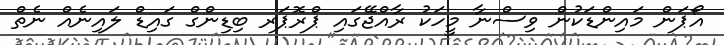
އޯޕަން މައިންޑަކުން ވިސްނާ މީހަކު ރާއްޖޭގައި ޕްރޮޕަރ ބިޑިންގް ގައިޑް ލައިނެއް ނެތް